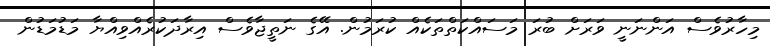
މިހާރުވެސް އަންނަނީ ވަރަށް ބުރަ މަސައްކަތްތަކެއް ކުރަމުން. އޭގެ ނަތީޖާވެސް އިރާދަކުރެއްވިއްޔާ މަޑުމަޑުން